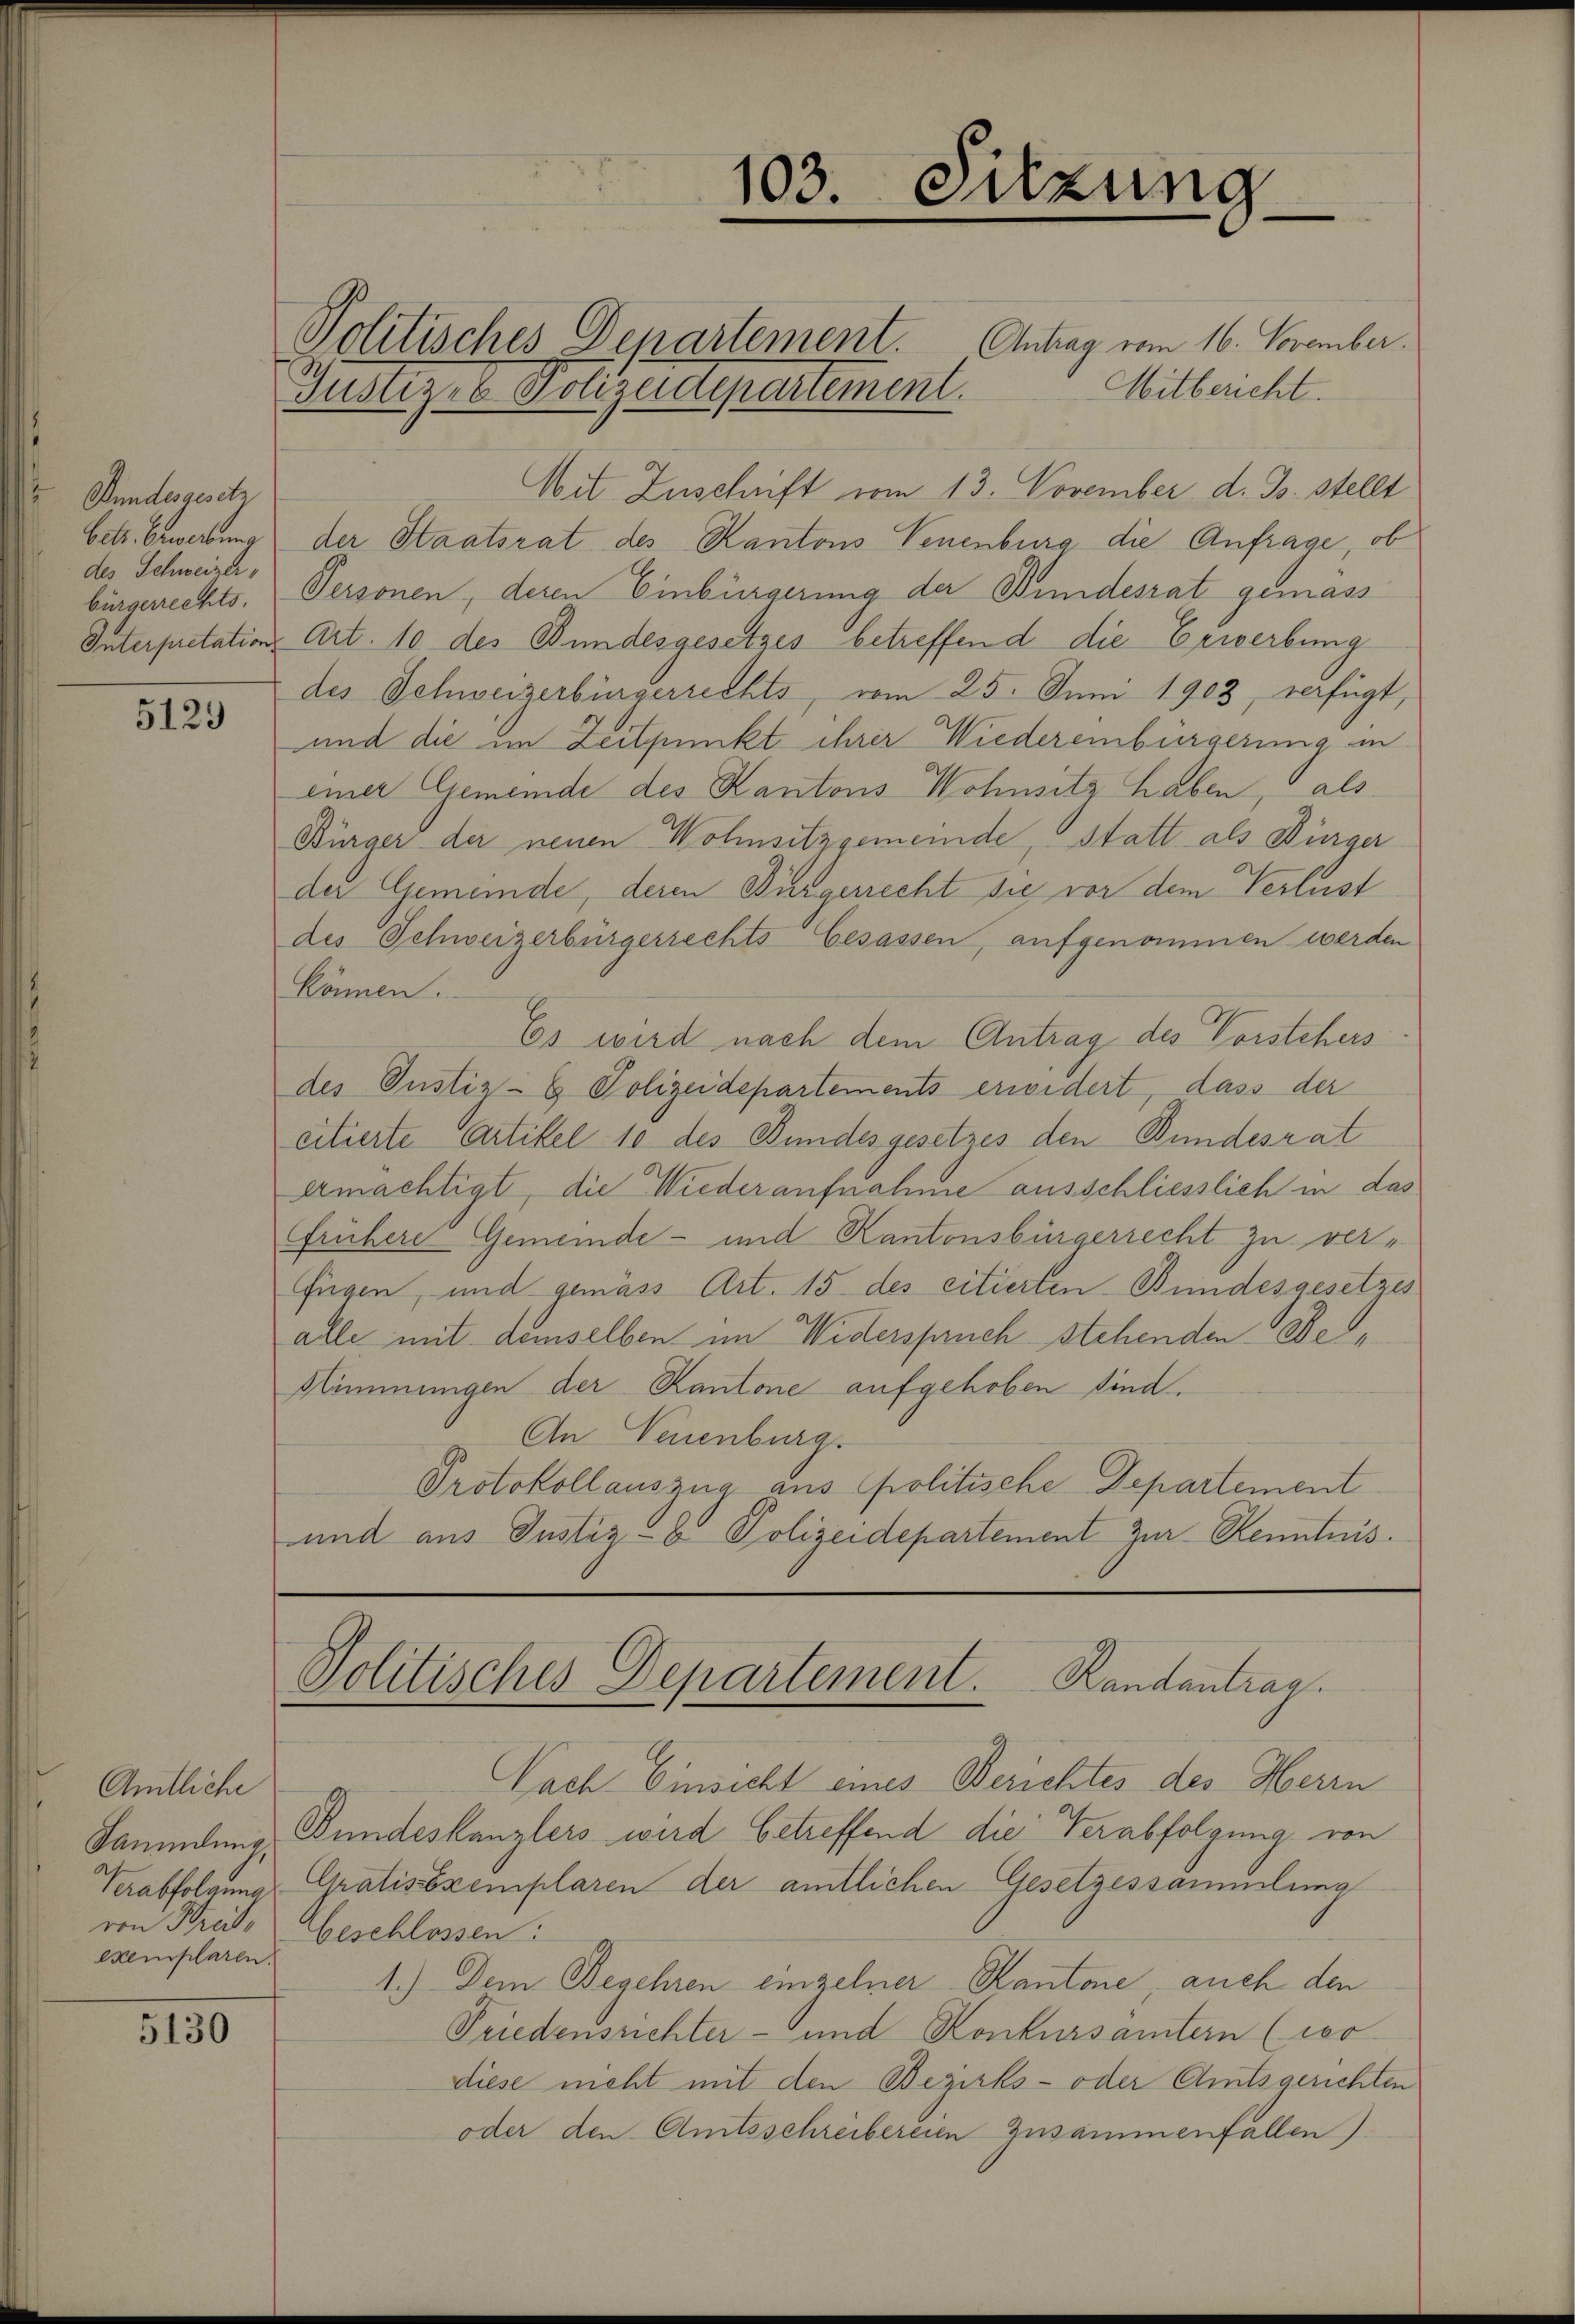
Bundesgesetz
betr. Bewerbung
des Schweizer,
bürgerrechts,

5129

Amtliche
Saumdung,
exemplaren.

5130

Politisches Departement. Antrag vom 16. November.
Mitbericht.
Justiz- & Polizeidepartement.
Mit Zuschrift vom 13. November d. Js. stellt
der Staatsrat des Kantons Neuenburg die Anfrage, ob
Personen, deren Einbürgerung der Bundesrat gemäss
Interpretation Art. 10 des Bundesgesetzes betreffend die Erwerbung
des Schweizerbürgerrechts, vom 25. Juni 1903, verfügt,
und die im Zeitpunkt ihrer Wiedereinbürgerung in
einer Gemeinde des Kantons Wohnsitz haben, als
Bürger der neuen Wohnsitzgemeinde, statt als Bürger
der Gemeinde, deren Bürgerrecht sie vor dem Verlust
des Schweizerbürgerrechts besassen, aufgenommen werden
können.
Es wird nach dem Antrag des Vorstehers.
des Justiz-G Polizeidepartements erwidert, dass der
citierte Artikel 10 des Bundesgesetzes den Bundesrat
ermächtigt, die Wiederaufnahme ausschliesslich in das
Frühere Gemeinde- und Kantonsbürgerrecht zu verfügen, und gemäss Art. 15 des citierten Bundesgesetzes
alle mit demselben im Widerspruch stehenden Be¬
Stimmungen der Kantone aufgehoben sind.
An Neuenburg.
Protokollauszug aus politische Departement
und aus Justiz - Polizeidepartement zur Kenntnis.

1
i. Sitzung

Politisches Departement.   Randantrag.

Nach Einsicht eines Berichtes des Herrn
Bundeskanzlers wird betreffend die Verabfolgung von
Verabfolgung Gratisexemplaren der amtlichen Gesetzessammlung
von Kreise Geschlossen:
1.) Dem Begehren einzelner Kantone, auch den
Friedensrichter- und Konkursämtern (wor
diese nicht mit den Bezirks- oder Amtsgerichten
oder den Amtsschreibereien Zusammenfallen)